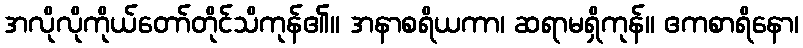
အလိုလိုကိုယ်တော်တိုင်သိကုန်၏။ အနာစရိယကာ၊ ဆရာမရှိကုန်။ ဧကစာရိနော၊